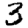
Digit: 3